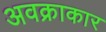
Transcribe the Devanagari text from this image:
अवक्राकार